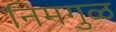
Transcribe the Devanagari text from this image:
निमगुळ